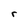
Character: r